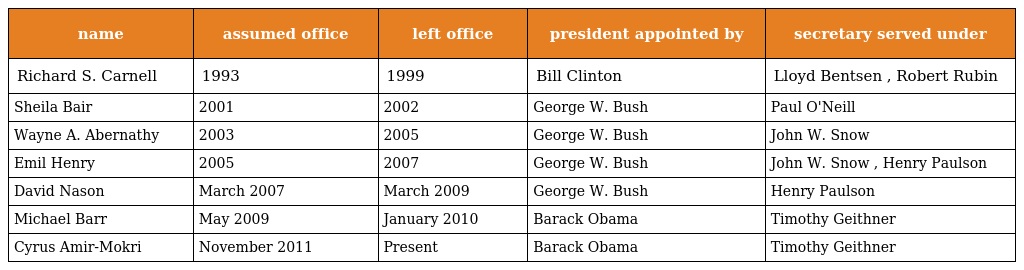
| name | assumed office | left office | president appointed by | secretary served under |
 | --- | --- | --- | --- | --- |
 | Richard S. Carnell | 1993 | 1999 | Bill Clinton | Lloyd Bentsen , Robert Rubin |
 | Sheila Bair | 2001 | 2002 | George W. Bush | Paul O'Neill |
 | Wayne A. Abernathy | 2003 | 2005 | George W. Bush | John W. Snow |
 | Emil Henry | 2005 | 2007 | George W. Bush | John W. Snow , Henry Paulson |
 | David Nason | March 2007 | March 2009 | George W. Bush | Henry Paulson |
 | Michael Barr | May 2009 | January 2010 | Barack Obama | Timothy Geithner |
 | Cyrus Amir-Mokri | November 2011 | Present | Barack Obama | Timothy Geithner |